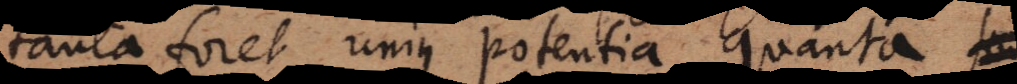
tanta foret unius potentia, quanta